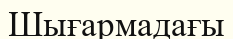
Шығармадағы